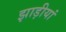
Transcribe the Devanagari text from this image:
झाड़ीयां